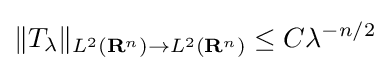
\|T_{\lambda }\|_{L^{2}(\mathbf {R} ^{n})\to L^{2}(\mathbf {R} ^{n})}\leq C\lambda ^{-n/2}